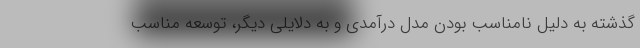
گذشته به دلیل نامناسب بودن مدل درآمدی و به دلایلی دیگر، توسعه مناسب